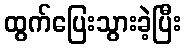
ထွက်ပြေးသွားခဲ့ပြီး